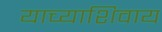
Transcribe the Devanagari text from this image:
याच्याशिवाय